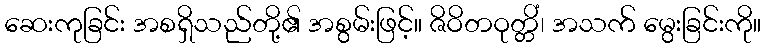
ဆေးကုခြင်း အစရှိသည်တို့၏ အစွမ်းဖြင့်။ ဇိဝိတဝုတ္တိံ၊ အသက် မွေးခြင်းကို။